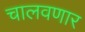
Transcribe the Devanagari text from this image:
चालवणार